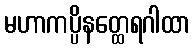
မဟာကပ္ပိနတ္ထေရဂါထာ